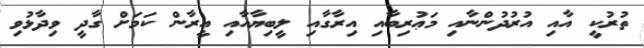
ތުރުކީ އާއި އުރުދުންނާއި މަޢުރިބާއި އިރާގާއި ލީބިޔާއާއި އީރާން ކަމަށް ގާދީ ވިދާޅުވި